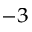
^ { - 3 }